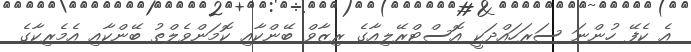
އެ ކެފޭ ހުންނަ ސަރަހައްދަކީ އޮސްޓްރޭލިއާގެ ރިޒާވް ބޭންކާއި ކޮމަންވެލްތު ބޭންކާއި އެމެރިކާގެ